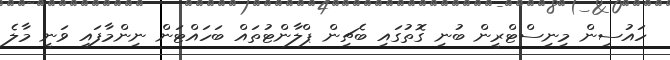
ހައުސިން މިނިސްޓްރީން ބުނި ގޮތުގައި ބެޗިން ޕްލާންޓުތައް ބަހައްޓަން ނިންމާފައި ވަނީ މާލެ